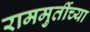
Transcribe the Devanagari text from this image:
राममुर्तीच्या